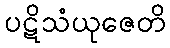
ပဋိသံယုဇေတိ